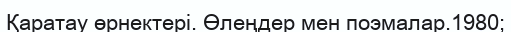
Қаратау өрнектері. Өлеңдер мен поэмалар.1980;